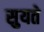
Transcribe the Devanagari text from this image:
सुयते